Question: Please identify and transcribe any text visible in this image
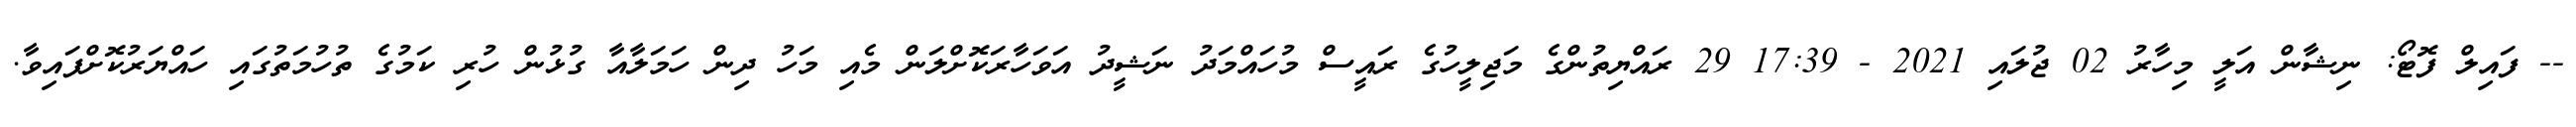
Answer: -- ފައިލް ފޮޓޯ: ނިޝާން އަލީ މިހާރު 02 ޖުލައި 2021 - 17:39 29 ރައްޔިތުންގެ މަޖިލީހުގެ ރައީސް މުހައްމަދު ނަޝީދު އަވަހާރަކޮށްލަން މެއި މަހު ދިން ހަމަލާއާ ގުޅުން ހުރި ކަމުގެ ތުހުމަތުގައި ހައްޔަރުކޮށްފައިވާ.